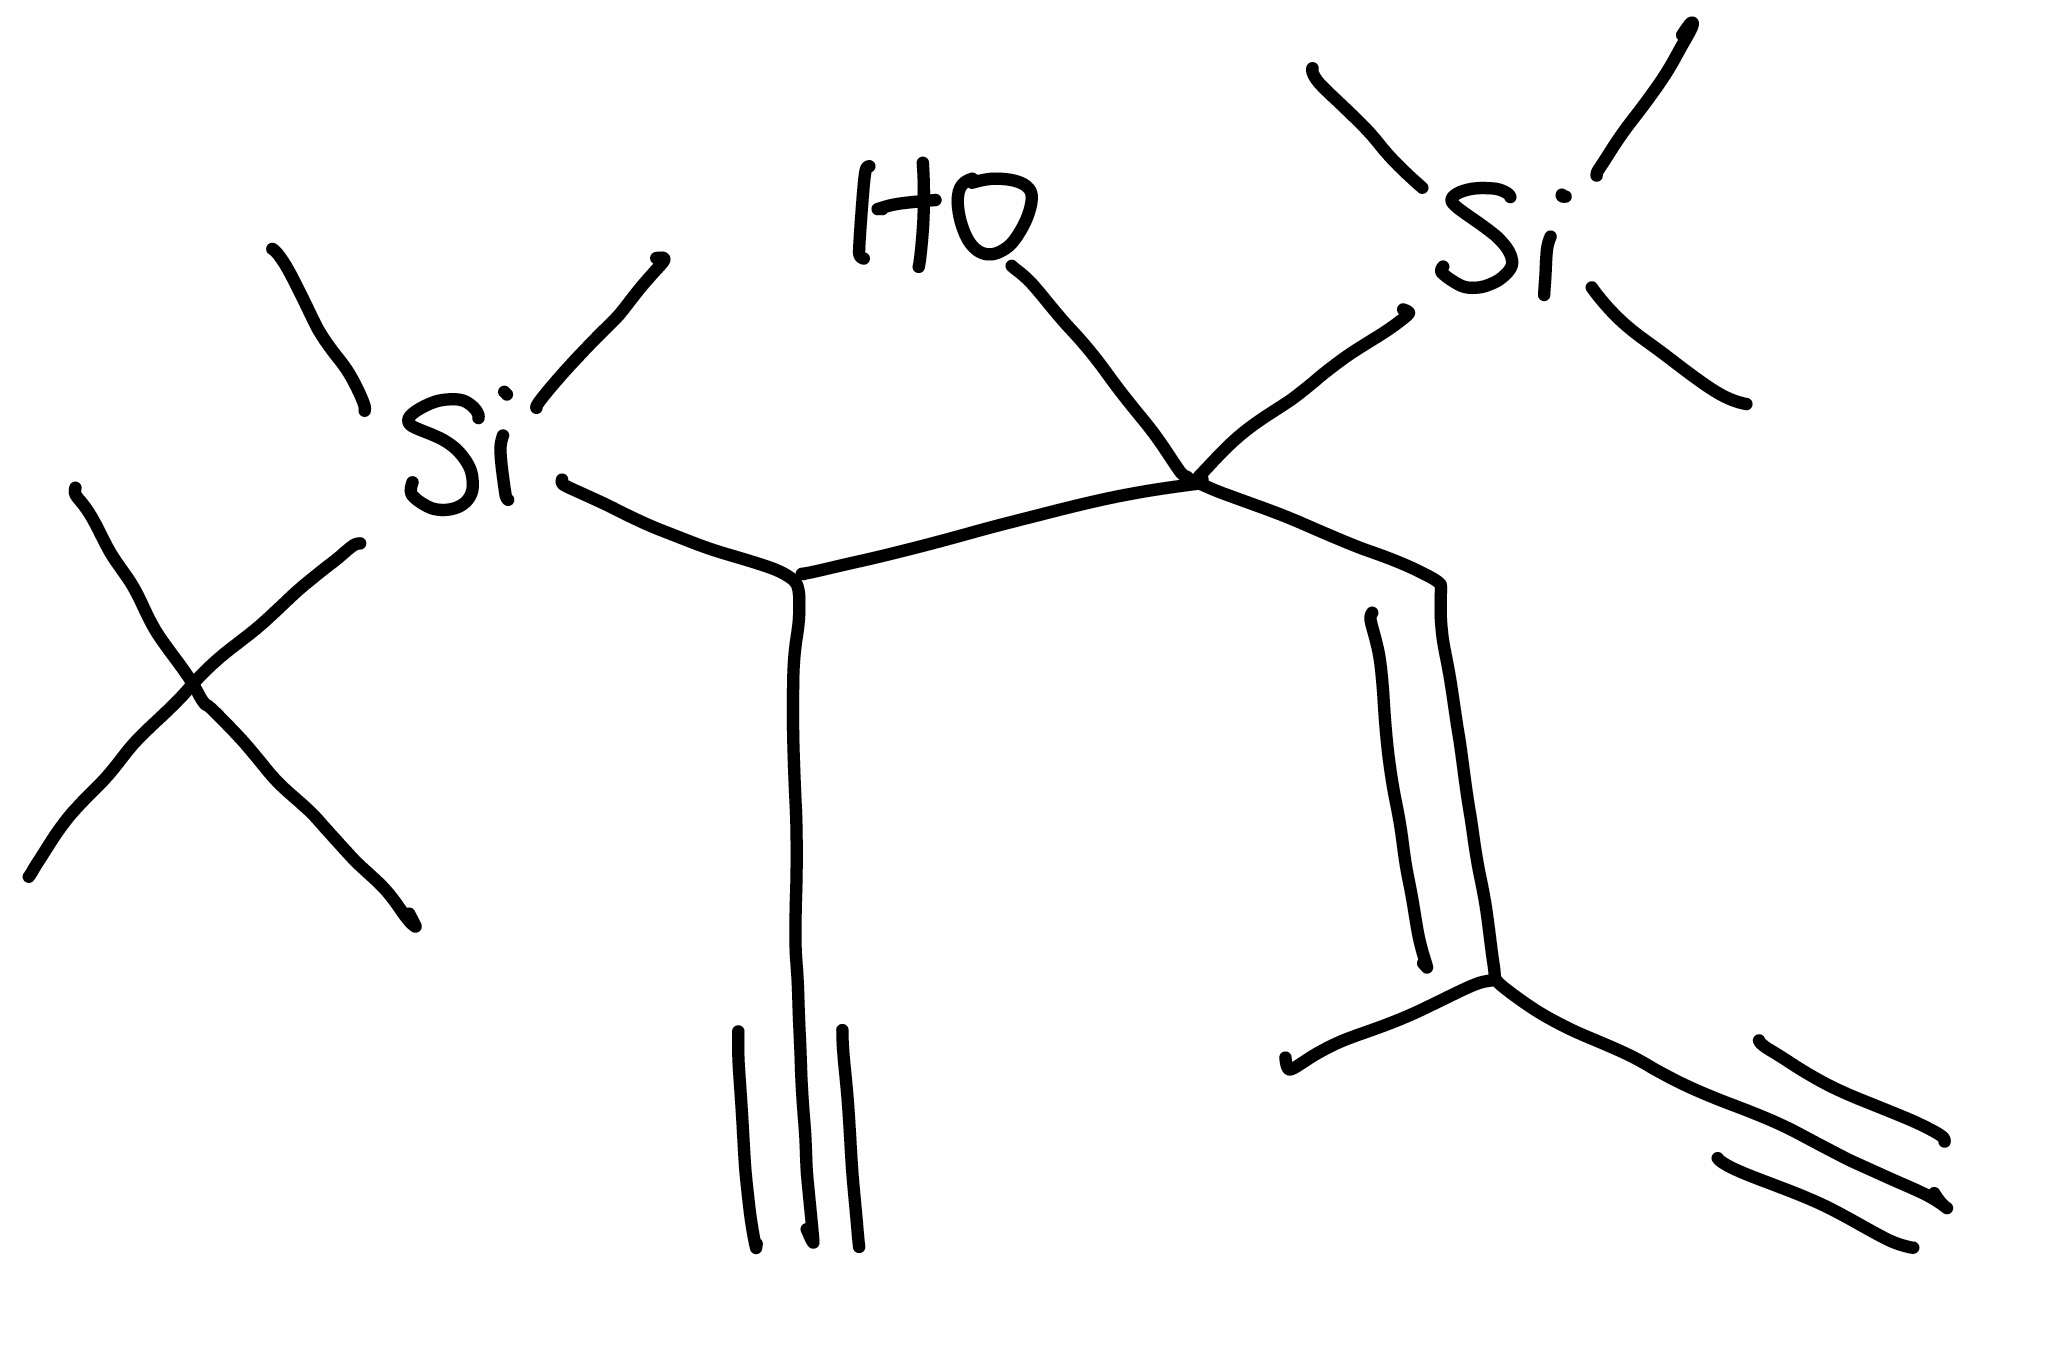
Simplified molecular-input line-entry system (SMILES) notation of the given molecule:
C/C(=C\C(C(C#C)[Si](C)(C)C(C)(C)C)(O)[Si](C)(C)C)/C#C